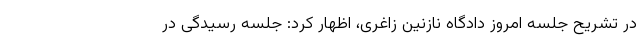
در تشریح جلسه امروز دادگاه نازنین زاغری، اظهار‌ کرد: جلسه رسیدگی در